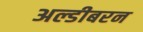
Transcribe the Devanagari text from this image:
अल्डीबरन